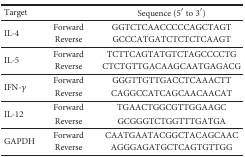
| <COLSPAN=2> Target | Sequence (5′ to 3′) |
 | --- | --- | --- |
 | <ROWSPAN=2> IL-4 | Forward | GGTCTCAACCCCCAGCTAGT |
 | Reverse | GCCCATGATCTCTCTCAAGT |
 | <ROWSPAN=2> IL-5 | Forward | TCTTCAGTATGTCTAGCCCCTG |
 | Reverse | CTCTGTTGACAAGCAATGAGACG |
 | <ROWSPAN=2> IFN-γ | Forward | GGGTTGTTGACCTCAAACTT |
 | Reverse | CAGGCCATCAGCAACAACAT |
 | <ROWSPAN=2> IL-12 | Forward | TGAACTGGCGTTGGAAGC |
 | Reverse | GCGGGTCTGGTTTGATGA |
 | <ROWSPAN=2> GAPDH | Forward | CAATGAATACGGCTACAGCAAC |
 | Reverse | AGGGAGATGCTCAGTGTTGG |